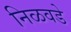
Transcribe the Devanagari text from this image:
निळवडे